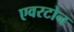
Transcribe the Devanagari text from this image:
एवरटोन